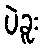
ပဲခူး